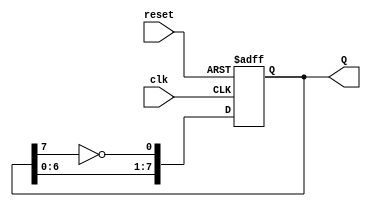
module JohnsonCounter (
    input wire clk,       // Clock input
    input wire reset,     // Asynchronous reset
    output reg [7:0] Q    // 8-bit output representing the current state
);

// Always block for the Johnson counter operation
always @(posedge clk or posedge reset) begin
    if (reset) begin
        Q <= 8'b00000000; // Reset the counter to 0
    end else begin
        Q <= {Q[6:0], ~Q[7]}; // Shift left and insert inverted last bit
    end
end

endmodule